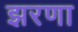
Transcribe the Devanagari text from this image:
झरणा